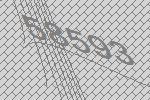
58593